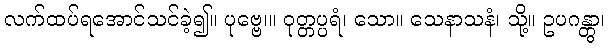
လက်ထပ်ရအောင်သင်ခဲ့၍။ ပုဗ္ဗေ၊။ ဝုတ္တပ္ပရံ၊ သော။ သေနာသနံ၊ သို့။ ဥပဂန္တွာ၊